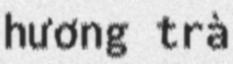
hương trà